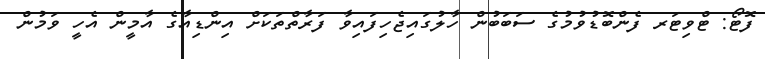
ފޮޓޯ: ޓްވިޓަރ ފެންބޮޑުވުމުގެ ސަބަބުން ހާލުގައިޖެހިފައިވާ ފަރާތްތަކަށް އިންޑިއާގެ އާމީން އެހީ ވަމުން